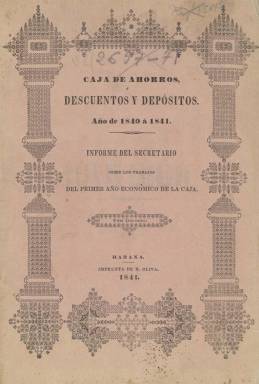
Título: Informe del secretario sobre los trabajos del ... año económico de la Caja
Otros títulos: Título: Informe del Secretario sobre los trabajos del ... año económico de la Compañía, <1843/1844>-1844/1845
Colección: Economía || Anuarios e informes
Ámbito geográfico: Cuba
Lugar de publicación: Habana
Fechas: 01/01/1840-31/12/1844

Publicación anual en la que el secretario de la Caja de Ahorros, Descuentos y Depósitos de La Habana, Antonio Bachiller y Morales (1812-1889), da cuenta de las operaciones, depósitos, préstamos, intereses, pagarés y número de depositantes (divididos en “blancos”, “libres de color” y “esclavos”), entre otros datos comparativos de esta sociedad financiera, la primera creada por la Hacienda española en las provincias de ultramar, en 1840, cuando era capitán general de Cuba Pedro Téllez Girón y Pimentel (1786-1851), de la Casa de Osuna. Contiene también información de sus juntas de accionistas y acuerdos diversos adoptados por sus órganos de dirección. El primero de los informes publicados comprende el periodo entre julio de 1840 y julio de 1841. Es continuación de esta publicación: Memoria sobre los trabajos de la Caja de Ahorros, Descuentos y Depósitos de La Habana.